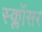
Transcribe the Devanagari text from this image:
स्क्लॉसर